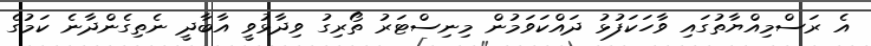
އެ ރަސްމިއްޔާތުގައި ވާހަކަފުޅު ދައްކަވަމުން މިނިސްޓަރު ތޯރިގު ވިދާޅުވީ އާބާދީ ނެތިގެންދާނެ ކަމުގެ